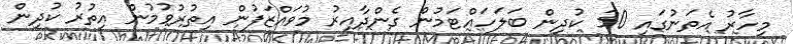
މިހާރު އެތަނުގައި 30 ކުދިން ބަލަހައްޓަމުން ގެންދާއިރު މުވައްޒަފުން އިތުރުވުމުން އިތުރު ކުދިން